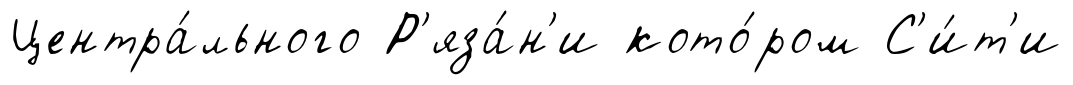
Центра́льного Р'яза́н'и кото́ром С'и́т'и